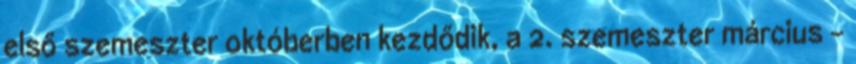
első szemeszter októberben kezdődik, a 2. szemeszter március –